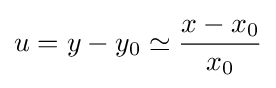
u=y-y_{0}\simeq {\frac {x-x_{0}}{x_{0}}}